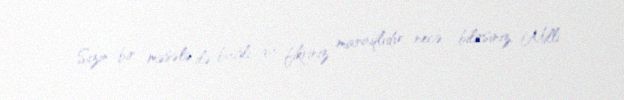
- Sizin bir məsələ ilə bağlı da fikriniz maraqlıdır, necə bilirsiniz, Milli